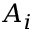
A _ { i }